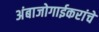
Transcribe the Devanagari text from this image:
अंबाजोगाईकरांचे